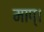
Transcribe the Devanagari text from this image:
माप्।